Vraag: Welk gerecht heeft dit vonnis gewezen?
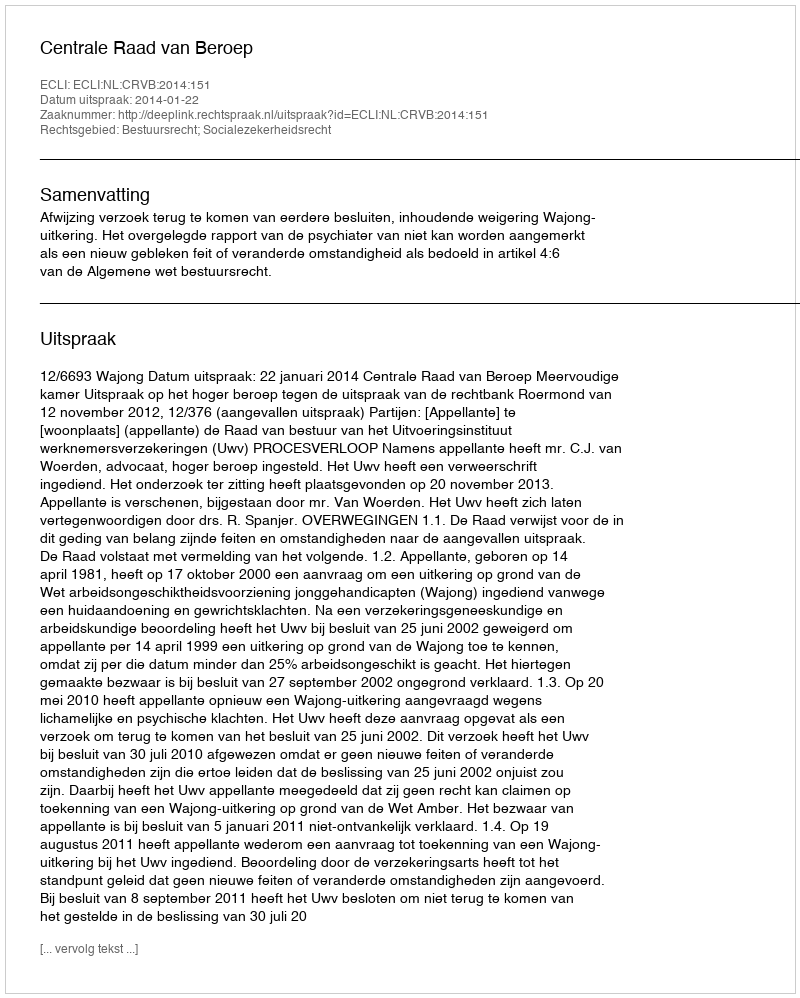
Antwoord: Centrale Raad van Beroep